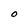
Character: O